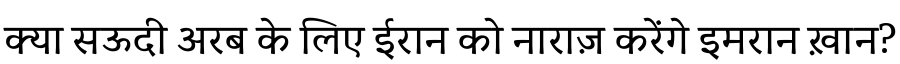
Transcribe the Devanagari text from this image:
क्या सऊदी अरब के लिए ईरान को नाराज़ करेंगे इमरान ख़ान?